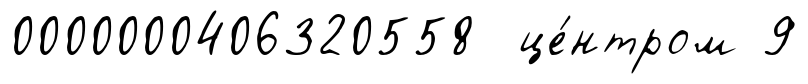
0000000406320558 це́нтром 9